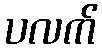
ပလက်